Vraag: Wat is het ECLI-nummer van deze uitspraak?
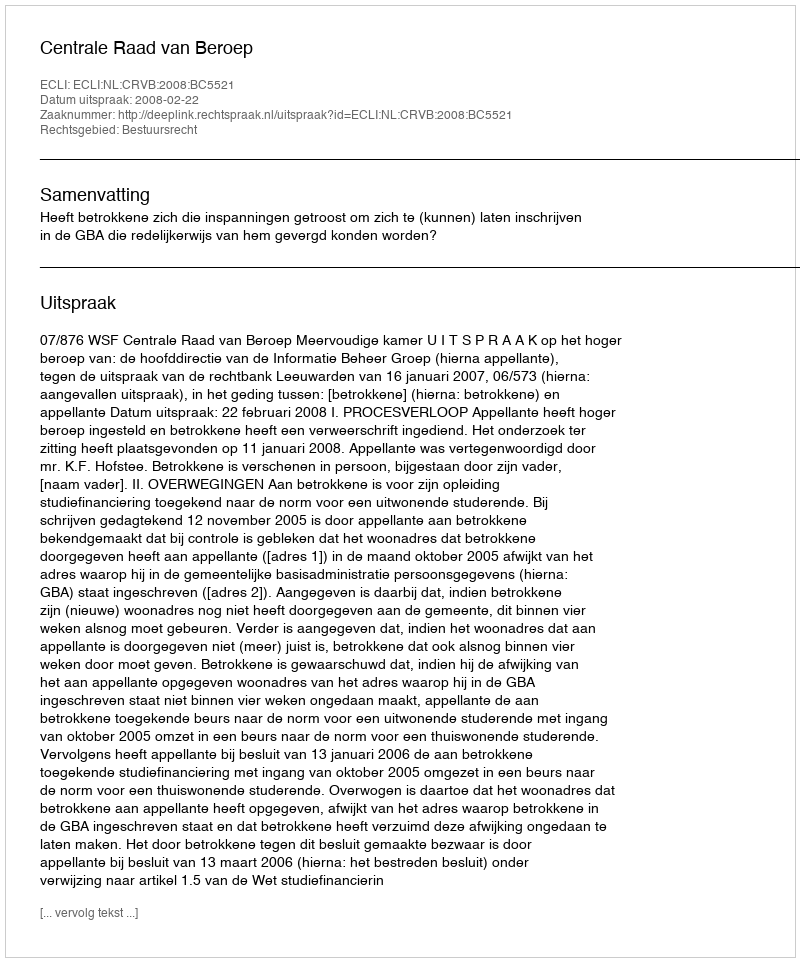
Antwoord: ECLI:NL:CRVB:2008:BC5521